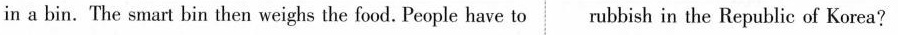
in a bin. The smart bin then weighs the food. People have to rubbish in the Republic of Korea?